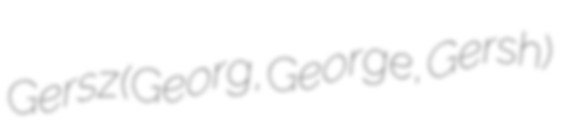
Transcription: Gersz (Georg, George, Gersh)